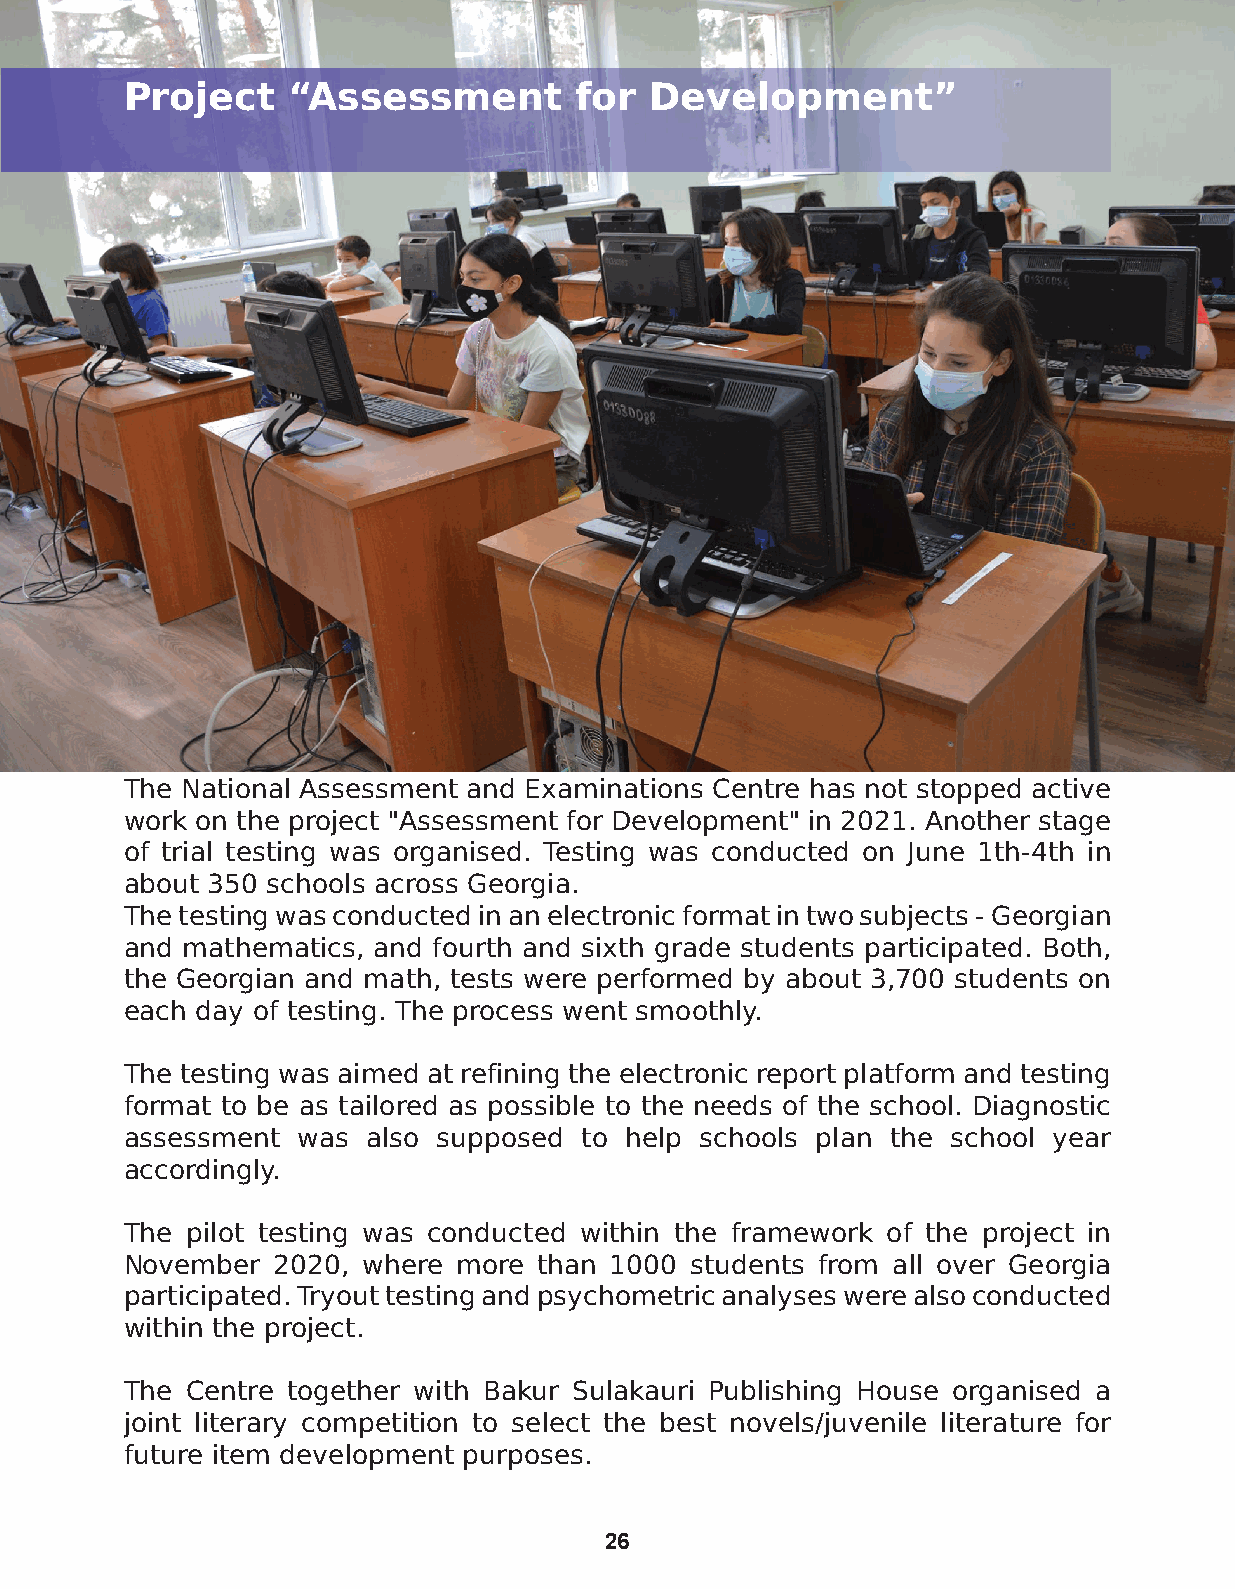
Project    “Assessment        for  Development”
 The National Assessment and Examinations Centre has not stopped active
 work on the project "Assessment for Development" in 2021. Another stage
 of trial testing was organised. Testing was conducted on June 1th-4th in
 about 350 schools across Georgia.
 The testing was conducted in an electronic format in two subjects - Georgian
 and mathematics, and fourth and sixth grade students participated. Both,
 the Georgian and math, tests were performed by about 3,700 students on
 each day of testing. The process went smoothly.
 The testing was aimed at refining the electronic report platform and testing
 format to be as tailored as possible to the needs of the school. Diagnostic
 assessment was  also supposed to help schools plan the school year
 accordingly.
 The pilot testing was conducted within the framework of the project in
 November  2020, where more than 1000 students from all over Georgia
 participated. Tryout testing and psychometric analyses were also conducted
 within the project.
 The Centre together with Bakur Sulakauri Publishing House organised a
 joint literary competition to select the best novels/juvenile literature for
 future item development purposes.
 26